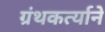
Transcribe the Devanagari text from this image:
ग्रंथकर्त्याने